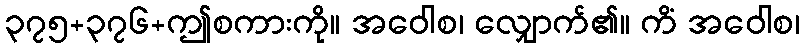
၃၇၅+၃၇၆+ဤစကားကို။ အဝေါစ၊ လျှောက်၏။ ကိံ အဝေါစ၊